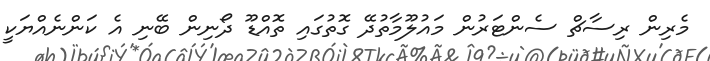
މެރިން ރިސާޗް ސެންޓަރުން މައުލޫމާތުދޭ ގޮތުގައި ތޮއްޑޫ ދޯނިން ބޭނި އެ ކަންނެއްޔަކީ